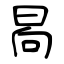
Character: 晑